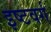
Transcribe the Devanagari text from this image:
इष्टवर्ग